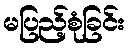
မပြည့်စုံခြင်း